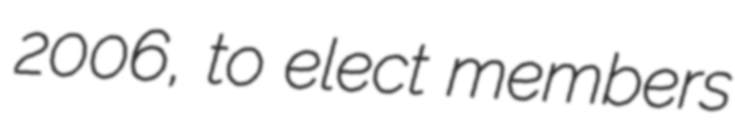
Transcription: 2006, to elect members